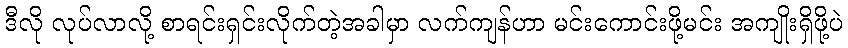
ဒီလို လုပ်လာလို့ စာရင်းရှင်းလိုက်တဲ့အခါမှာ လက်ကျန်ဟာ မင်းကောင်းဖို့မင်း အကျိုးရှိဖို့ပဲ